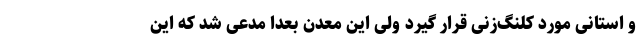
و استانی مورد کلنگ‌زنی قرار گیرد ولی این معدن بعدا مدعی شد که این